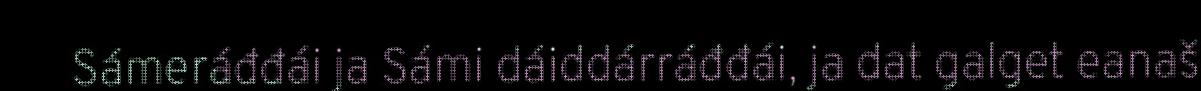
Sámeráđđái ja Sámi dáiddárráđđái, ja dat galget eanaš